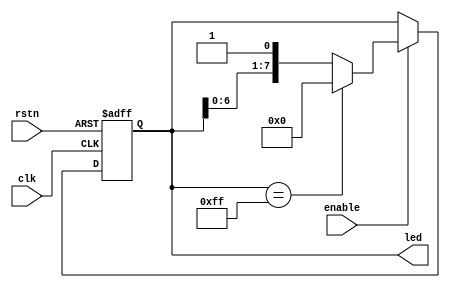
// LED
module ledwater(clk, rstn, enable, led);  
    // 
    input clk, rstn, enable;       // clkrstnenable
    output [7:0] led;              // 8LED

    // 
    reg [7:0] led_r;               // 8LED

    // 
    assign led = led_r;            

    // 
    always @(posedge clk or negedge rstn)      
    begin
        if (!rstn)
            led_r <= 8'b00000000;     // LED
        else if (enable) begin        // LED
            if (led_r == 8'b11111111)    
                led_r <= 8'b00000000; // LED
            else
                led_r <= {led_r[6:0], 1'b1}; // LED
        end
    end
endmodule